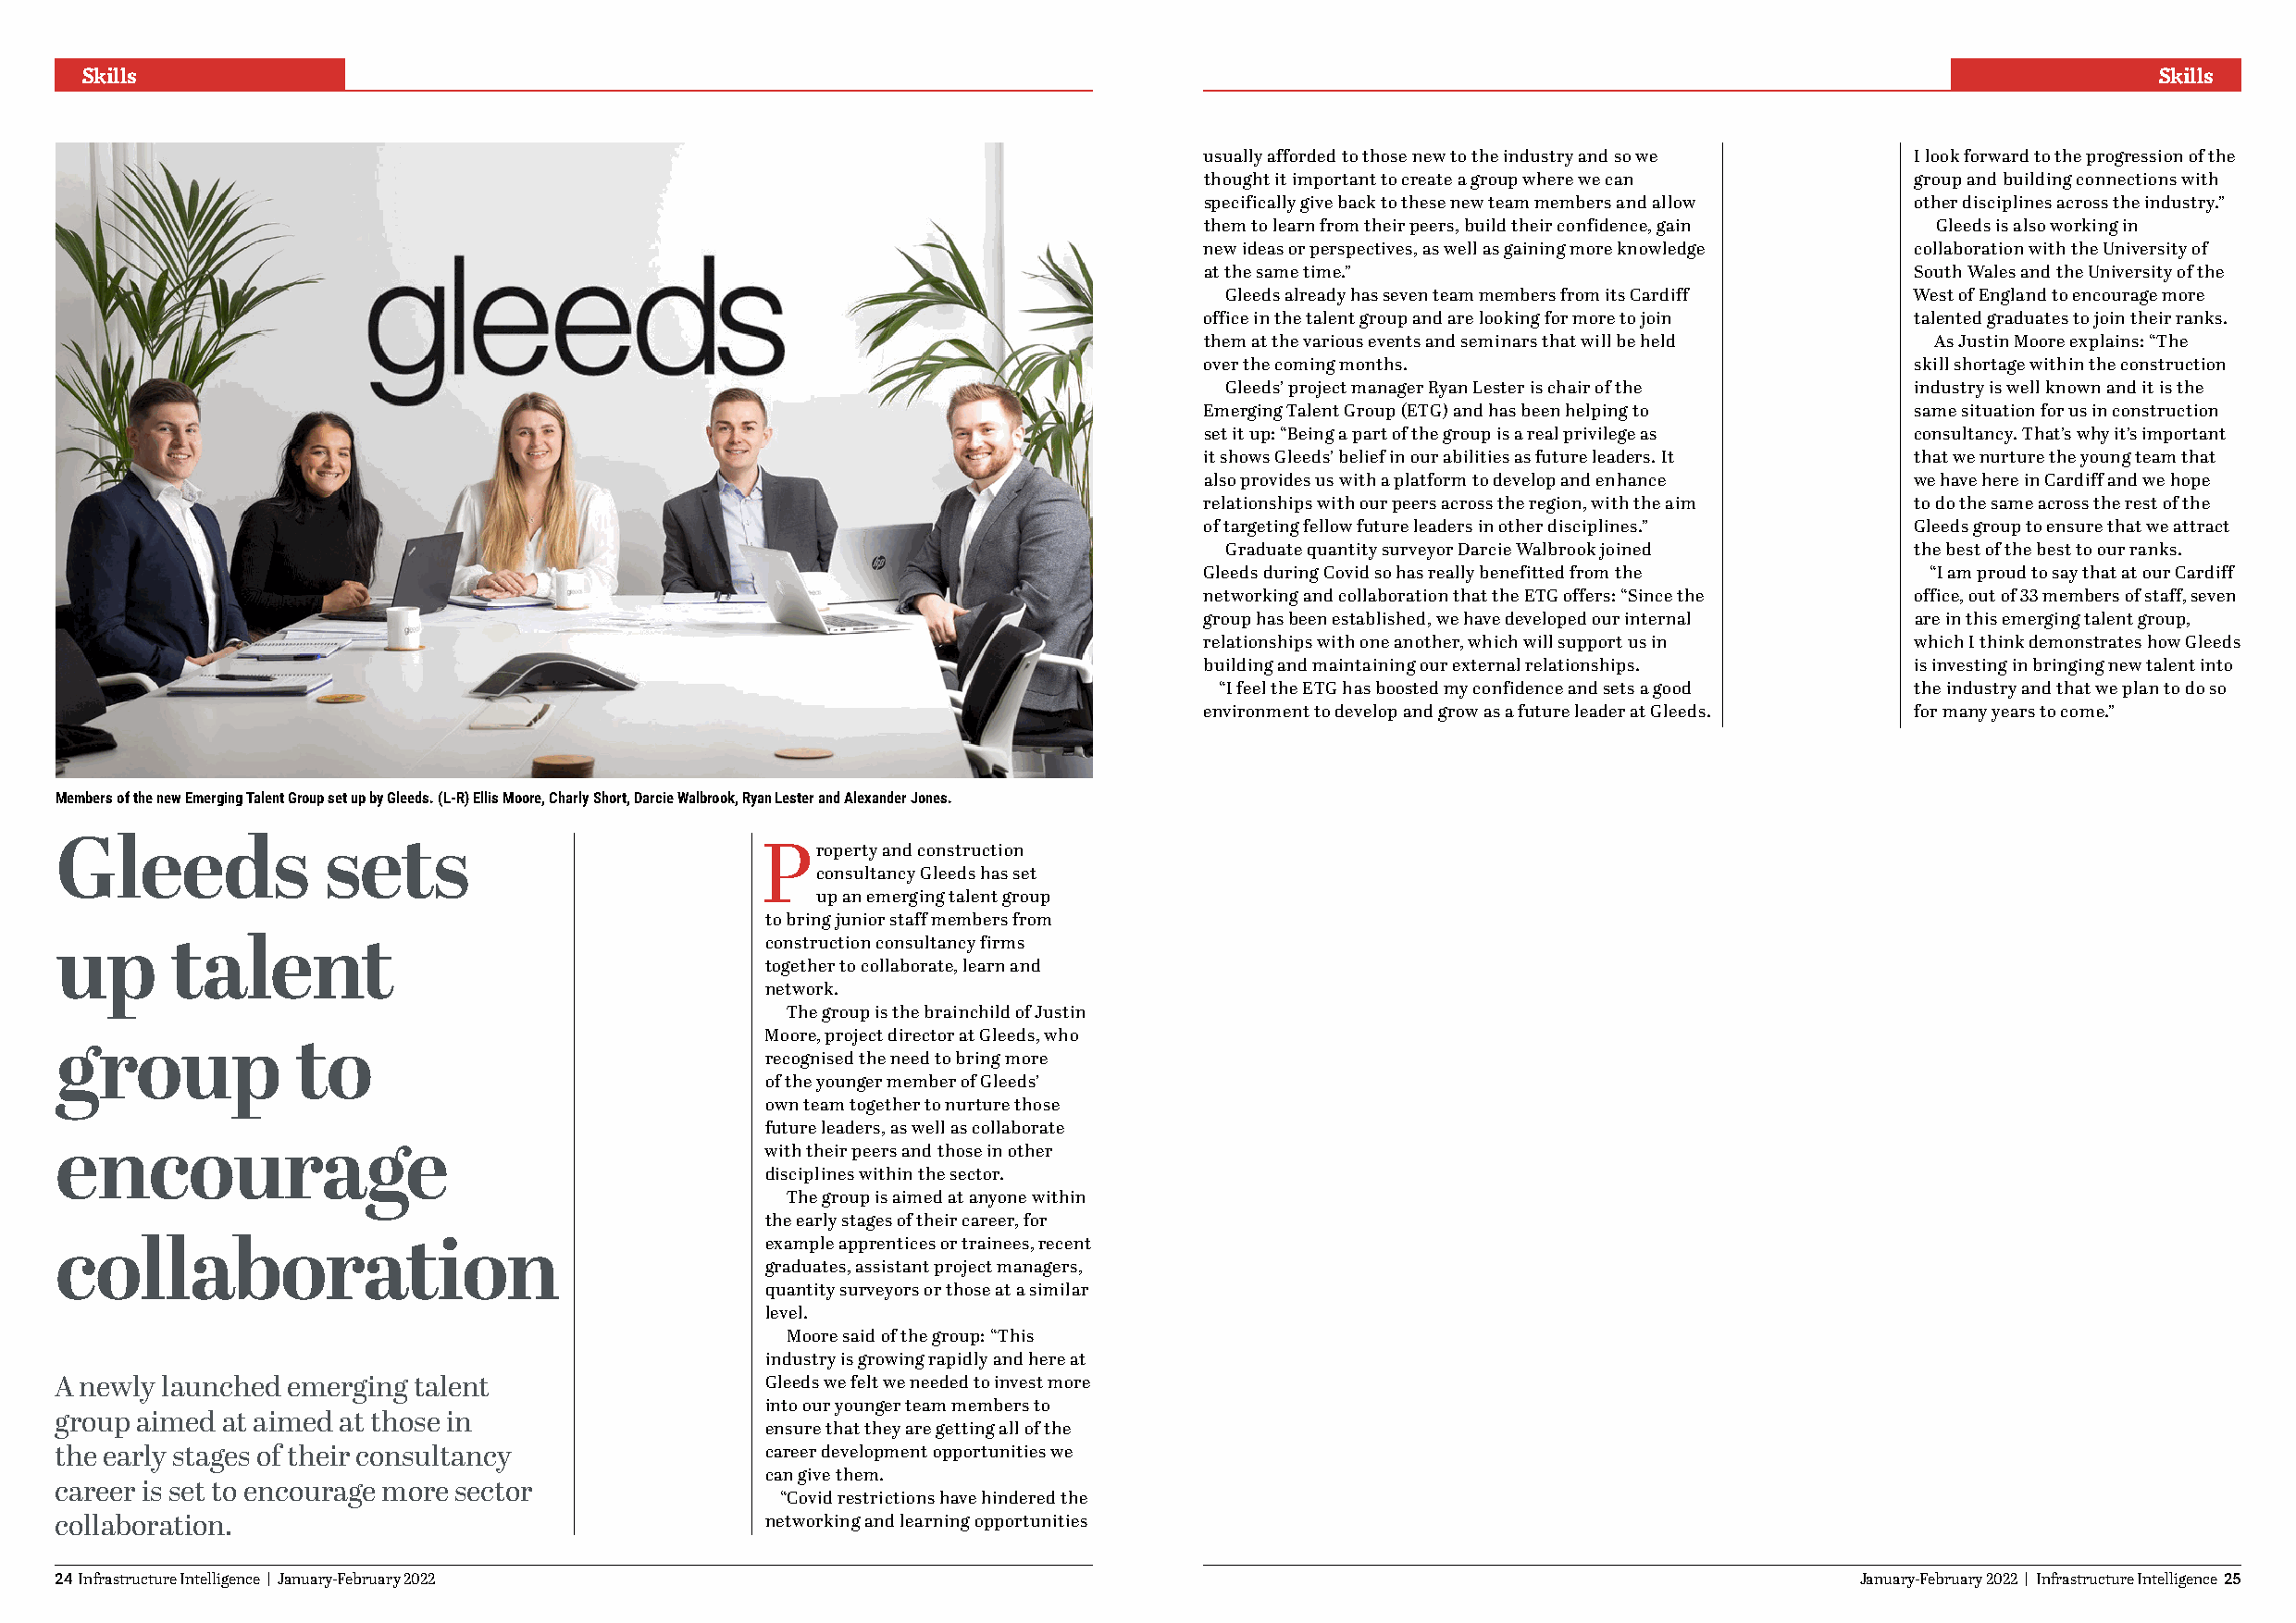
Skills                                                                                                                                              Skills
 usually afforded to those new to the industry and so we I look forward to the progression of the
 thought it important to create a group where we can group and building connections with
 specifically give back to these new team members and allow other disciplines across the industry.”
 them to learn from their peers, build their confidence, gain Gleeds is also working in
 new ideas or perspectives, as well as gaining more knowledge collaboration with the University of
 at the same time.”                                 South Wales and the University of the
 Gleeds already has seven team members from its Cardiff West of England to encourage more
 office in the talent group and are looking for more to join talented graduates to join their ranks.
 them at the various events and seminars that will be held As Justin Moore explains: “The
 over the coming months.                            skill shortage within the construction
 Gleeds’ project manager Ryan Lester is chair of the industry is well known and it is the
 Emerging Talent Group (ETG) and has been helping to same situation for us in construction
 set it up: “Being a part of the group is a real privilege as consultancy. That’s why it’s important
 it shows Gleeds’ belief in our abilities as future leaders. It that we nurture the young team that
 also provides us with a platform to develop and enhance we have here in Cardiff and we hope
 relationships with our peers across the region, with the aim to do the same across the rest of the
 of targeting fellow future leaders in other disciplines.” Gleeds group to ensure that we attract
 Graduate quantity surveyor Darcie Walbrook joined the best of the best to our ranks.
 Gleeds during Covid so has really benefitted from the “I am proud to say that at our Cardiff
 networking and collaboration that the ETG offers: “Since the office, out of 33 members of staff, seven
 group has been established, we have developed our internal are in this emerging talent group,
 relationships with one another, which will support us in which I think demonstrates how Gleeds
 building and maintaining our external relationships. is investing in bringing new talent into
 “I feel the ETG has boosted my confidence and sets a good the industry and that we plan to do so
 environment to develop and grow as a future leader at Gleeds. for many years to come.”
 Members of the new Emerging Talent Group set up by Gleeds. (L-R) Ellis Moore, Charly Short, Darcie Walbrook, Ryan Lester and Alexander Jones.
 Gleeds             sets                               roperty and construction
 P
 consultancy Gleeds has set
 up an emerging talent group
 to bring junior staff members from
 construction consultancy firms
 up      talent
 together to collaborate, learn and
 network.
 The group is the brainchild of Justin
 Moore, project director at Gleeds, who
 group            to                                recognised the need to bring more
 of the younger member of Gleeds’
 own team together to nurture those
 future leaders, as well as collaborate
 encourage                                          with their peers and those in other
 disciplines within the sector.
 The group is aimed at anyone within
 the early stages of their career, for
 example apprentices or trainees, recent
 collaboration
 graduates, assistant project managers,
 quantity surveyors or those at a similar
 level.
 Moore said of the group: “This
 industry is growing rapidly and here at
 A newly launched emerging talent                   Gleeds we felt we needed to invest more
 into our younger team members to
 group aimed at aimed at those in
 ensure that they are getting all of the
 the early stages of their consultancy              career development opportunities we
 can give them.
 career is set to encourage more sector
 “Covid restrictions have hindered the
 collaboration.                                     networking and learning opportunities
 24 Infrastructure Intelligence | January-February 2022                                                                           January-February 2022 | Infrastructure Intelligence 25